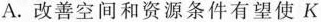
A.改善空间和资源条件有望使K